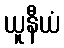
ယူနီယံ